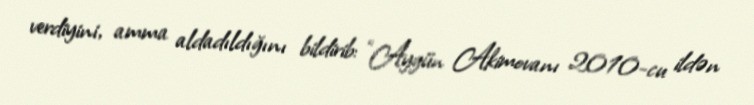
verdiyini, amma aldadıldığını bildirib: “Aygün Akimovanı 2010-cu ildən